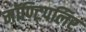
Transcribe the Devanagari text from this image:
मॉण्ट्पिलिर